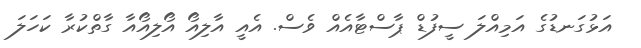
އަޅުގަނޑުގެ އަމިއްލަ ސީފުޑް ޕާސްޓާއެއް ވެސް. އެއީ އާލިއޯ އޯލިއޯއާ ގާތްކުރާ ކަހަލަ